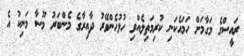
ރައީސްގެ މަގާމަށް ހަމައެކަނި ކުރިމަތިލެއްވި ހުޅުހެންވޭރު ދާއިރާގެ މެންބަރު މޫސާ މަނިކު އެ